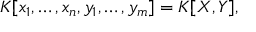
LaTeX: K [ x _ { 1 } , \ldots , x _ { n } , y _ { 1 } , \ldots , y _ { m } ] = K [ X , Y ] ,